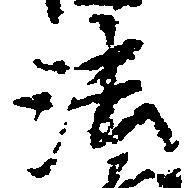
法